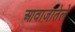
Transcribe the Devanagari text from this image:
आवाज़ातेले